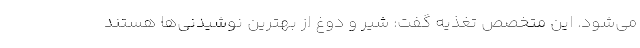
می‌شود. این متخصص تغذیه گفت: شیر و دوغ از بهترین نوشیدنی‌ها هستند